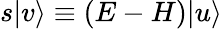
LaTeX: s|v\rangle\equiv(E-H)|u\rangle